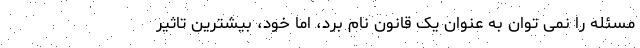
مسئله را نمی توان به عنوان یک قانون نام برد، اما خود، بیشترین تاثیر